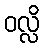
ဝလ္လိ